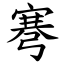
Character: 弿